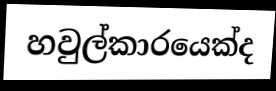
හවුල්කාරයෙක්ද